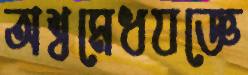
অশ্বমেধযজ্ঞে